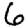
Digit: 6